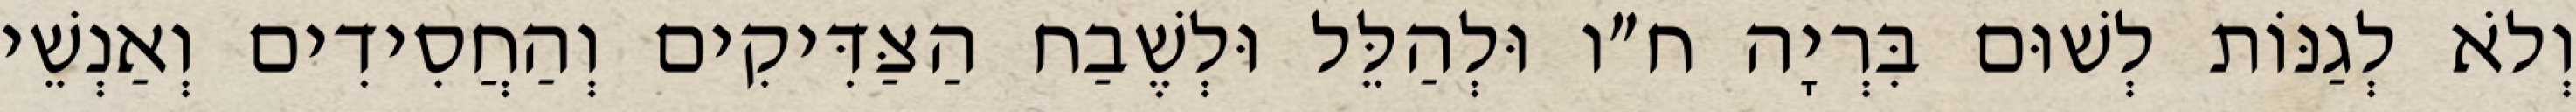
וְלֹא לְגַנּוֹת לְשׁוּם בִּרְיָה ח״ו וּלְהַלֵּל וּלְשֶׁבַח הַצַּדִּיקִים וְהַחֲסִידִים וְאַנְשֵׁי